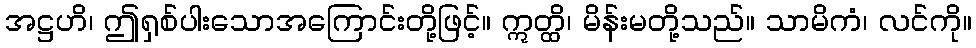
အဋ္ဌဟိ၊ ဤရှစ်ပါးသောအကြောင်းတို့ဖြင့်။ ဣတ္ထိ၊ မိန်းမတို့သည်။ သာမိကံ၊ လင်ကို။